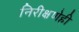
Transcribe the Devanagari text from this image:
निरीक्षणेही